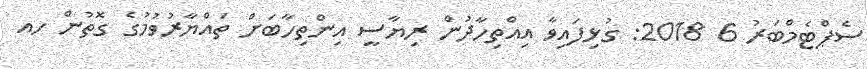
ސެޕްޓެމްބަރު 6 2018: ގުޅިފައިވާ އިއްތިހާދުން ރިޔާސީ އިންތިހާބަށް ތައްޔާރުވުމުގެ ގޮތުން ހއ